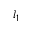
l _ { 1 }